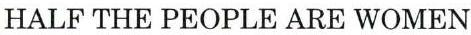
HALF THE PEOPLE ARE WOMEN